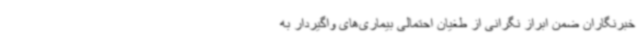
خبرنگاران ضمن ابراز نگرانی از طغیان احتمالی بیماری‌های واگیردار به